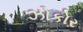
ઝોકોર